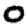
Digit: 0